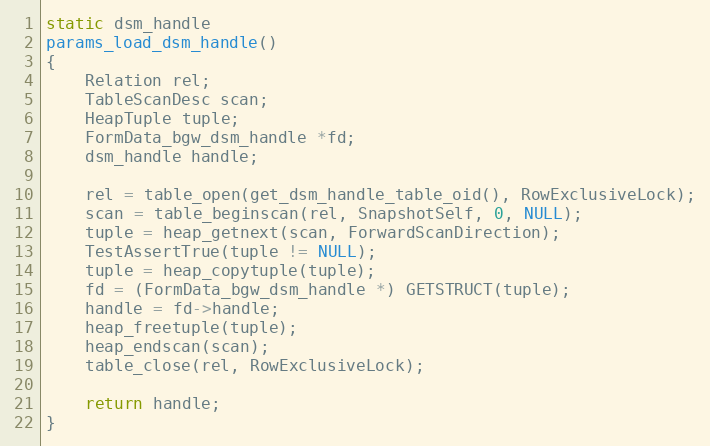
Language: C
static dsm_handle
params_load_dsm_handle()
{
	Relation rel;
	TableScanDesc scan;
	HeapTuple tuple;
	FormData_bgw_dsm_handle *fd;
	dsm_handle handle;

	rel = table_open(get_dsm_handle_table_oid(), RowExclusiveLock);
	scan = table_beginscan(rel, SnapshotSelf, 0, NULL);
	tuple = heap_getnext(scan, ForwardScanDirection);
	TestAssertTrue(tuple != NULL);
	tuple = heap_copytuple(tuple);
	fd = (FormData_bgw_dsm_handle *) GETSTRUCT(tuple);
	handle = fd->handle;
	heap_freetuple(tuple);
	heap_endscan(scan);
	table_close(rel, RowExclusiveLock);

	return handle;
}